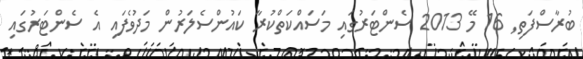
ބުރާސްފަތި